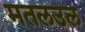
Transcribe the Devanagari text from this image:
मतलउल